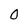
Character: 0